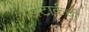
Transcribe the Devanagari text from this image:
स्टार्कची